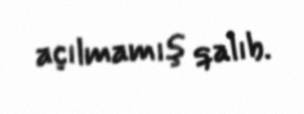
açılmamış qalıb.